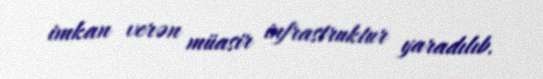
imkan verən müasir infrastruktur yaradılıb.